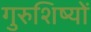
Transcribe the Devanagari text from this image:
गुरुशिष्यों